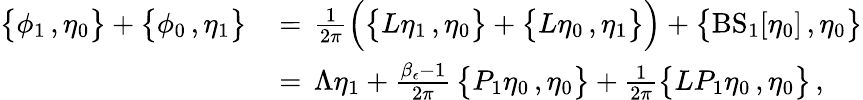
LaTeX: \begin{array}{rl}{\bigl\{ \phi_{1}\, ,\eta_{0}\bigr\} +\bigl\{ \phi_{0}\, ,\eta_{1}\bigr\} \, }&{=\, \frac{1}{2\pi}\Bigl(\bigl\{ L\eta_{1}\, ,\eta_{0}\bigr\} +\bigl\{ L\eta_{0}\, ,\eta_{1}\bigr\} \Bigr)+\bigl\{ \mathrm{BS}_{1}[\eta_{0}]\, ,\eta_{0}\bigr\} }\\ {\, }&{=\, \Lambda\eta_{1}+\frac{\beta_{\epsilon}-1}{2\pi}\, \bigl\{ P_{1}\eta_{0}\, ,\eta_{0}\bigr\} +\frac{1}{2\pi}\bigl\{ LP_{1}\eta_{0}\, ,\eta_{0}\bigr\} \, ,}\end{array}